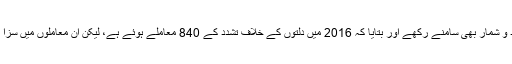
اس کے لئے انہوں نے این سی آر بی کے اعداد و شمار بھی سامنے رکھے اور بتایا کہ 2016 میں دلتوں کے خلاف تشدد کے 840 معاملے ہوئے ہے، لیکن ان معاملوں میں سزا (جرم ثابت کرنے) کی شرح میں کمی آئی ہے۔